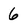
Character: 6